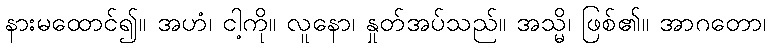
နားမထောင်၍။ အဟံ၊ ငါ့ကို။ လူနော၊ နှုတ်အပ်သည်။ အသ္မိ၊ ဖြစ်၏။ အာဂတော၊